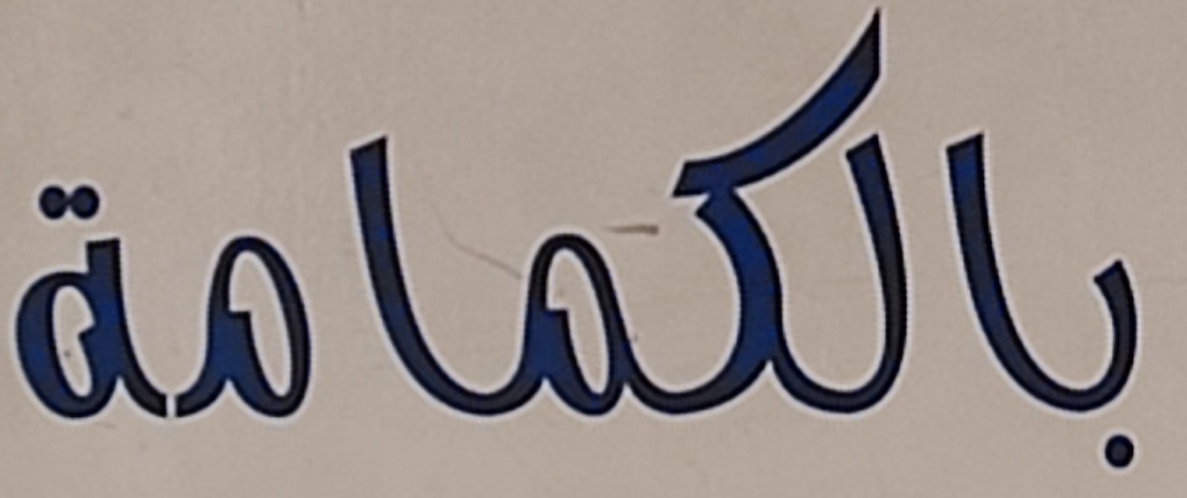
بالكمامة